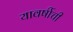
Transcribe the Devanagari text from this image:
यावर्षीची